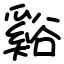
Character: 谿